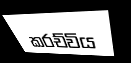
කරච්විය